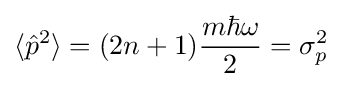
\langle {\hat {p}}^{2}\rangle =(2n+1){\frac {m\hbar \omega }{2}}=\sigma _{p}^{2}